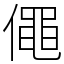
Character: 僶